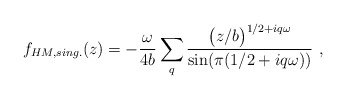
\begin{align*}f_{HM,sing.}(z)=-{\omega \over{4b}}\sum_q{\bigl( {z/b}\bigr) ^{1/2+iq\omega}\over {\rm sin}(\pi(1/2+iq\omega))}\ ,\end{align*}